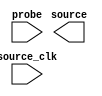

module issp (
	probe,
	source,
	source_clk);	

	input	[0:0]	probe;
	output	[2:0]	source;
	input		source_clk;
endmodule